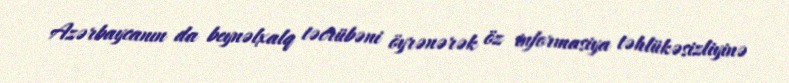
Azərbaycanın da beynəlxalq təcrübəni öyrənərək öz informasiya təhlükəsizliyinə